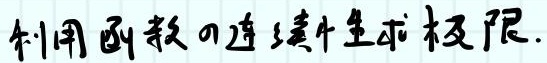
利用函数的连续性求极限.